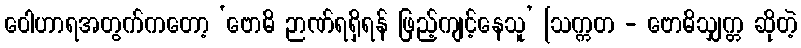
ဝေါဟာရအတွက်ကတော့ ‘ဗောဓိ ဉာဏ်ရရှိရန် ဖြည့်ကျင့်နေသူ’ [သက္ကတ - ဗောဓိသျှက္တ ဆိုတဲ့